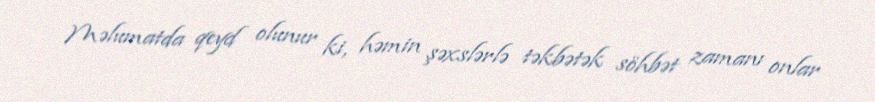
Məlumatda qeyd olunur ki, həmin şəxslərlə təkbətək söhbət zamanı onlar